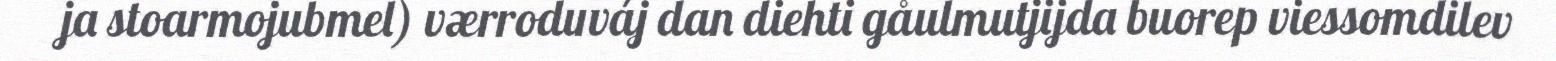
ja stoarmojubmel) værroduváj dan diehti gåulmutjijda buorep viessomdilev